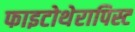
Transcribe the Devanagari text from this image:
फाइटोथेरापिस्ट